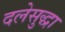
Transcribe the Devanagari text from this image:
दलेसुद्धा